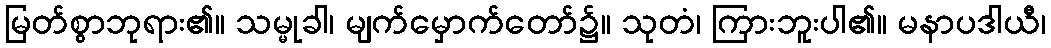
မြတ်စွာဘုရား၏။ သမ္မုခါ၊ မျက်မှောက်တော်၌။ သုတံ၊ ကြားဘူးပါ၏။ မနာပဒါယီ၊